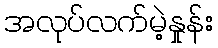
အလုပ်လက်မဲ့နှုန်း